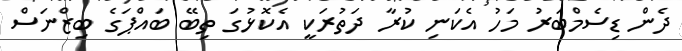
ދެން ޑިސެމްބަރު މަހު އެކަނި ކުރާ ދަތުރަކީ އެކޮޅުގަ ތިބޭ ބައްޕަގެ ބިޒްނަސް